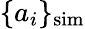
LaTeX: \{ a_{i}\} _{\mathrm{sim}}